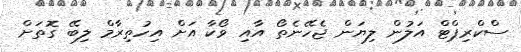
ސްކްރިޕްޓް އަލުން ލިޔަން ޖެހޭނެތޯ އާއި ވޯކާ އަށް އިހުތިރާމް ލިބޭ ގޮތަށް